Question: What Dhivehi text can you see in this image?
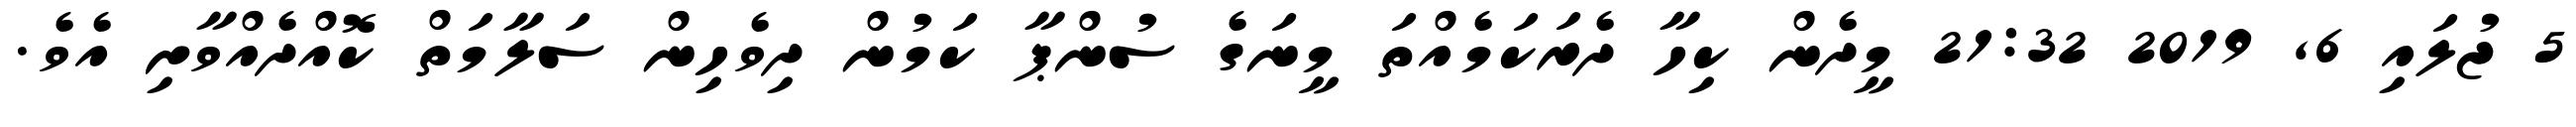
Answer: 5 ޖުލައި 6, 2019 21:32 މީދެން ކިހާ ދެރަކަމެއްތަ މީނަގެ ސުންޕާ ކަމުން ދިވެހިން ސަލާމަތް ކޮއްދެއްވާށި އެވެ.